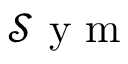
\mathcal { S } \mathrm { ~ y ~ m ~ }